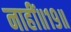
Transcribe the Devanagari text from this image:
नाहीं॥१९॥